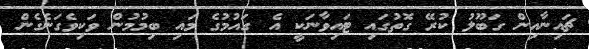
ޗައިނާއިން ގަބޫލު ކުރޭ ގޮތުގައި ޓައިވާނަކީ އެ ގައުމުގެ މައި ބިމުމުން ވަކިވެގަނެގެން